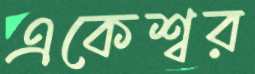
একেশ্বর